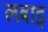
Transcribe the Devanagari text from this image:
लबाइ